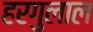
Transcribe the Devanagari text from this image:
हरगुलाल